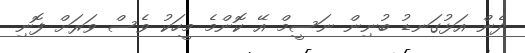
ދެން އަޅުގަނޑު ބުނިން ނަސީމް އޭ ކޮންމެ މީހަކު ވެސް ވަރަށް ފޮނި